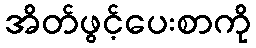
အိတ်ဖွင့်ပေးစာကို